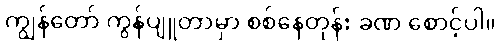
ကျွန်တော် ကွန်ပျူတာမှာ စစ်နေတုန်း ခဏ စောင့်ပါ။